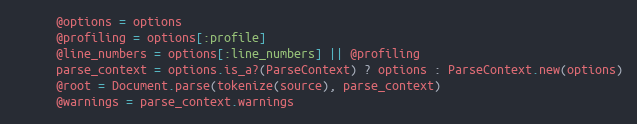
Language: Ruby
      @options = options
      @profiling = options[:profile]
      @line_numbers = options[:line_numbers] || @profiling
      parse_context = options.is_a?(ParseContext) ? options : ParseContext.new(options)
      @root = Document.parse(tokenize(source), parse_context)
      @warnings = parse_context.warnings